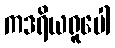
ကဒရိယရူပေါ